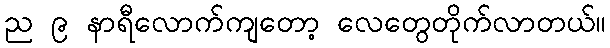
ည ၉ နာရီလောက်ကျတော့ လေတွေတိုက်လာတယ်။